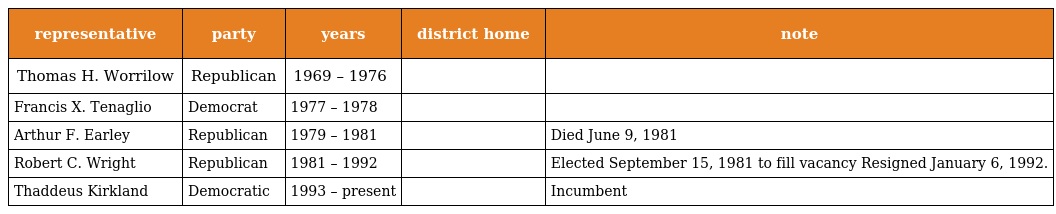
| representative | party | years | district home | note |
 | --- | --- | --- | --- | --- |
 | Thomas H. Worrilow | Republican | 1969 – 1976 |  |  |
 | Francis X. Tenaglio | Democrat | 1977 – 1978 |  |  |
 | Arthur F. Earley | Republican | 1979 – 1981 |  | Died June 9, 1981 |
 | Robert C. Wright | Republican | 1981 – 1992 |  | Elected September 15, 1981 to fill vacancy Resigned January 6, 1992. |
 | Thaddeus Kirkland | Democratic | 1993 – present |  | Incumbent |